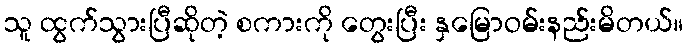
သူ ထွက်သွားပြီဆိုတဲ့ စကားကို တွေးပြီး နှမြောဝမ်းနည်းမိတယ်။